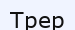
Трер